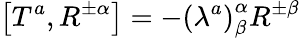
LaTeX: \left[T^{a},R^{\pm\alpha}\right]=-\left(\lambda^{a}\right)_{\beta}^{\alpha}R^{\pm\beta}